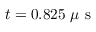
t = 0 . 8 2 5 ~ \mu \mathrm { ~ s ~ }